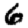
Digit: 6